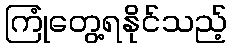
ကြုံတွေ့ရနိုင်သည့်